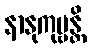
နာနုကုဗ္ဗန္တိ